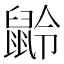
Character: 𪕌